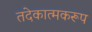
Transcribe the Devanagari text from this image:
तदेकात्मकरूप